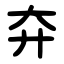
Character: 㚏